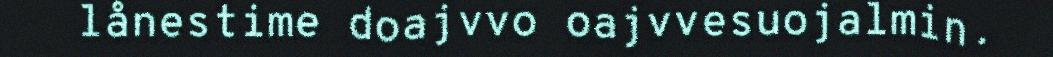
lånestime doajvvo oajvvesuojalmin.